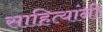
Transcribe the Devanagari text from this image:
साहित्यांनी